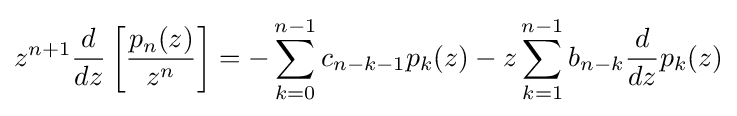
z^{n+1}{\frac {d}{dz}}\left[{\frac {p_{n}(z)}{z^{n}}}\right]=-\sum _{k=0}^{n-1}c_{n-k-1}p_{k}(z)-z\sum _{k=1}^{n-1}b_{n-k}{\frac {d}{dz}}p_{k}(z)